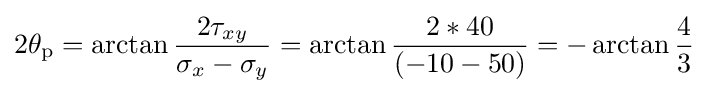
{\begin{aligned}2\theta _{\mathrm {p} }=\arctan {\frac {2\tau _{xy}}{\sigma _{x}-\sigma _{y}}}=\arctan {\frac {2*40}{(-10-50)}}=-\arctan {\frac {4}{3}}\end{aligned}}